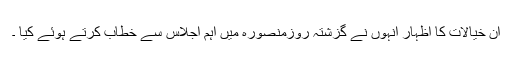
ان خیالات کا اظہار انہوں نے گزشتہ روزمنصورہ میں اہم اجلاس سے خطاب کرتے ہوئے کیا ۔